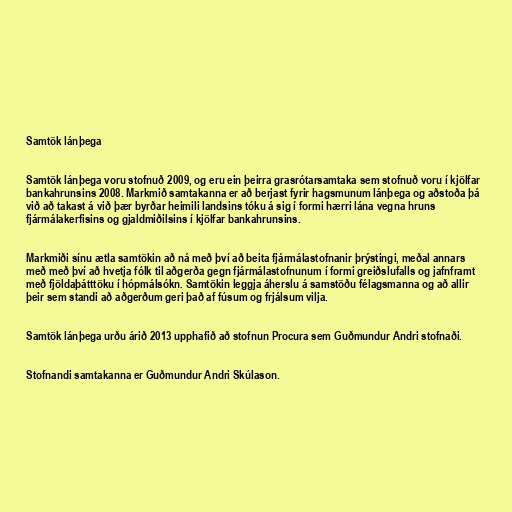
Samtök lánþega

Samtök lánþega voru stofnuð 2009, og eru ein þeirra grasrótarsamtaka sem stofnuð voru í kjölfar
bankahrunsins 2008. Markmið samtakanna er að berjast fyrir hagsmunum lánþega og aðstoða þá
við að takast á við þær byrðar heimili landsins tóku á sig í formi hærri lána vegna hruns
fjármálakerfisins og gjaldmiðilsins í kjölfar bankahrunsins.

Markmiði sínu ætla samtökin að ná með því að beita fjármálastofnanir þrýstingi, meðal annars
með með því að hvetja fólk til aðgerða gegn fjármálastofnunum í formi greiðslufalls og jafnframt
með fjöldaþátttöku í hópmálsókn. Samtökin leggja áherslu á samstöðu félagsmanna og að allir
þeir sem standi að aðgerðum geri það af fúsum og frjálsum vilja.

Samtök lánþega urðu árið 2013 upphafið að stofnun Procura sem Guðmundur Andri stofnaði.

Stofnandi samtakanna er Guðmundur Andri Skúlason.